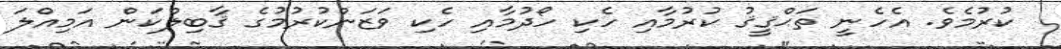
ކުރުމެވެ. އެހެނީ ތަޙްޤީޤު ކުރުމާއި ހެކި ހޯދުމާއި ހެކި ވަޒަންކުރުމުގެ ޤާބިލްކަން އަމިއްލަ